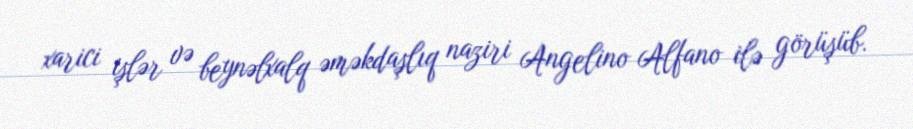
xarici işlər və beynəlxalq əməkdaşlıq naziri Angelino Alfano ilə görüşüb.